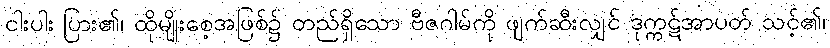
ငါးပါး ပြား၏၊ ထိုမျိုးစေ့အဖြစ်၌ တည်ရှိသော ဗီဇဂါမ်ကို ဖျက်ဆီးလျှင် ဒုက္ကဋ်အာပတ် သင့်၏၊